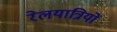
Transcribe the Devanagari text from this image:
रेलयात्रियों